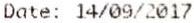
DATE: 14/09/2017